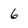
Character: 6